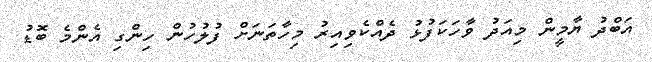
އަބްދު ޔާމީން މިއަދު ވާހަކަފުޅު ދެއްކެވިއިރު މިހާތަނަށް ފުލުހުން ހިންގި އެންމެ ބޮޑު